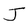
Character: J